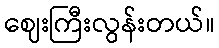
ဈေးကြီးလွန်းတယ်။